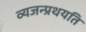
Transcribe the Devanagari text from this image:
व्यजन्प्रथयति